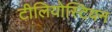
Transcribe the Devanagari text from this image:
टीलियोस्टियन